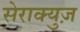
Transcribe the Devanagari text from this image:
सेराक्युज़